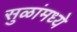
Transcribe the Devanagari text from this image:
सुळांमध्ये